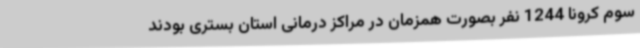
سوم کرونا 1244 نفر بصورت همزمان در مراکز درمانی استان بستری بودند